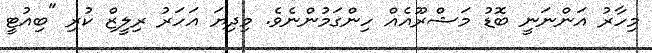
މިހާރު އަންނަނީ ބޮޑު މަޝްރޫއެއް ހިންގަމުންނެވެ. މިދިޔަ އަހަރު ރިލީޒް ކުރި "ބިއުޓީ